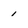
Character: 1